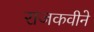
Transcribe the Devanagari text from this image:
राजकवीने